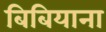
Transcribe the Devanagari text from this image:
बिबियाना